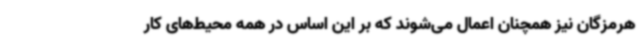
هرمزگان نیز همچنان اعمال می‌شوند که بر این اساس در همه محیط‌های کار